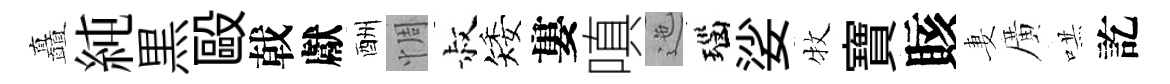
矗純黒毆戟獻酬惆叔矮婁嗔迤瑙娑牧寶賅妻廣哄訖